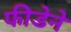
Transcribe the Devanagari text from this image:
फीडेने